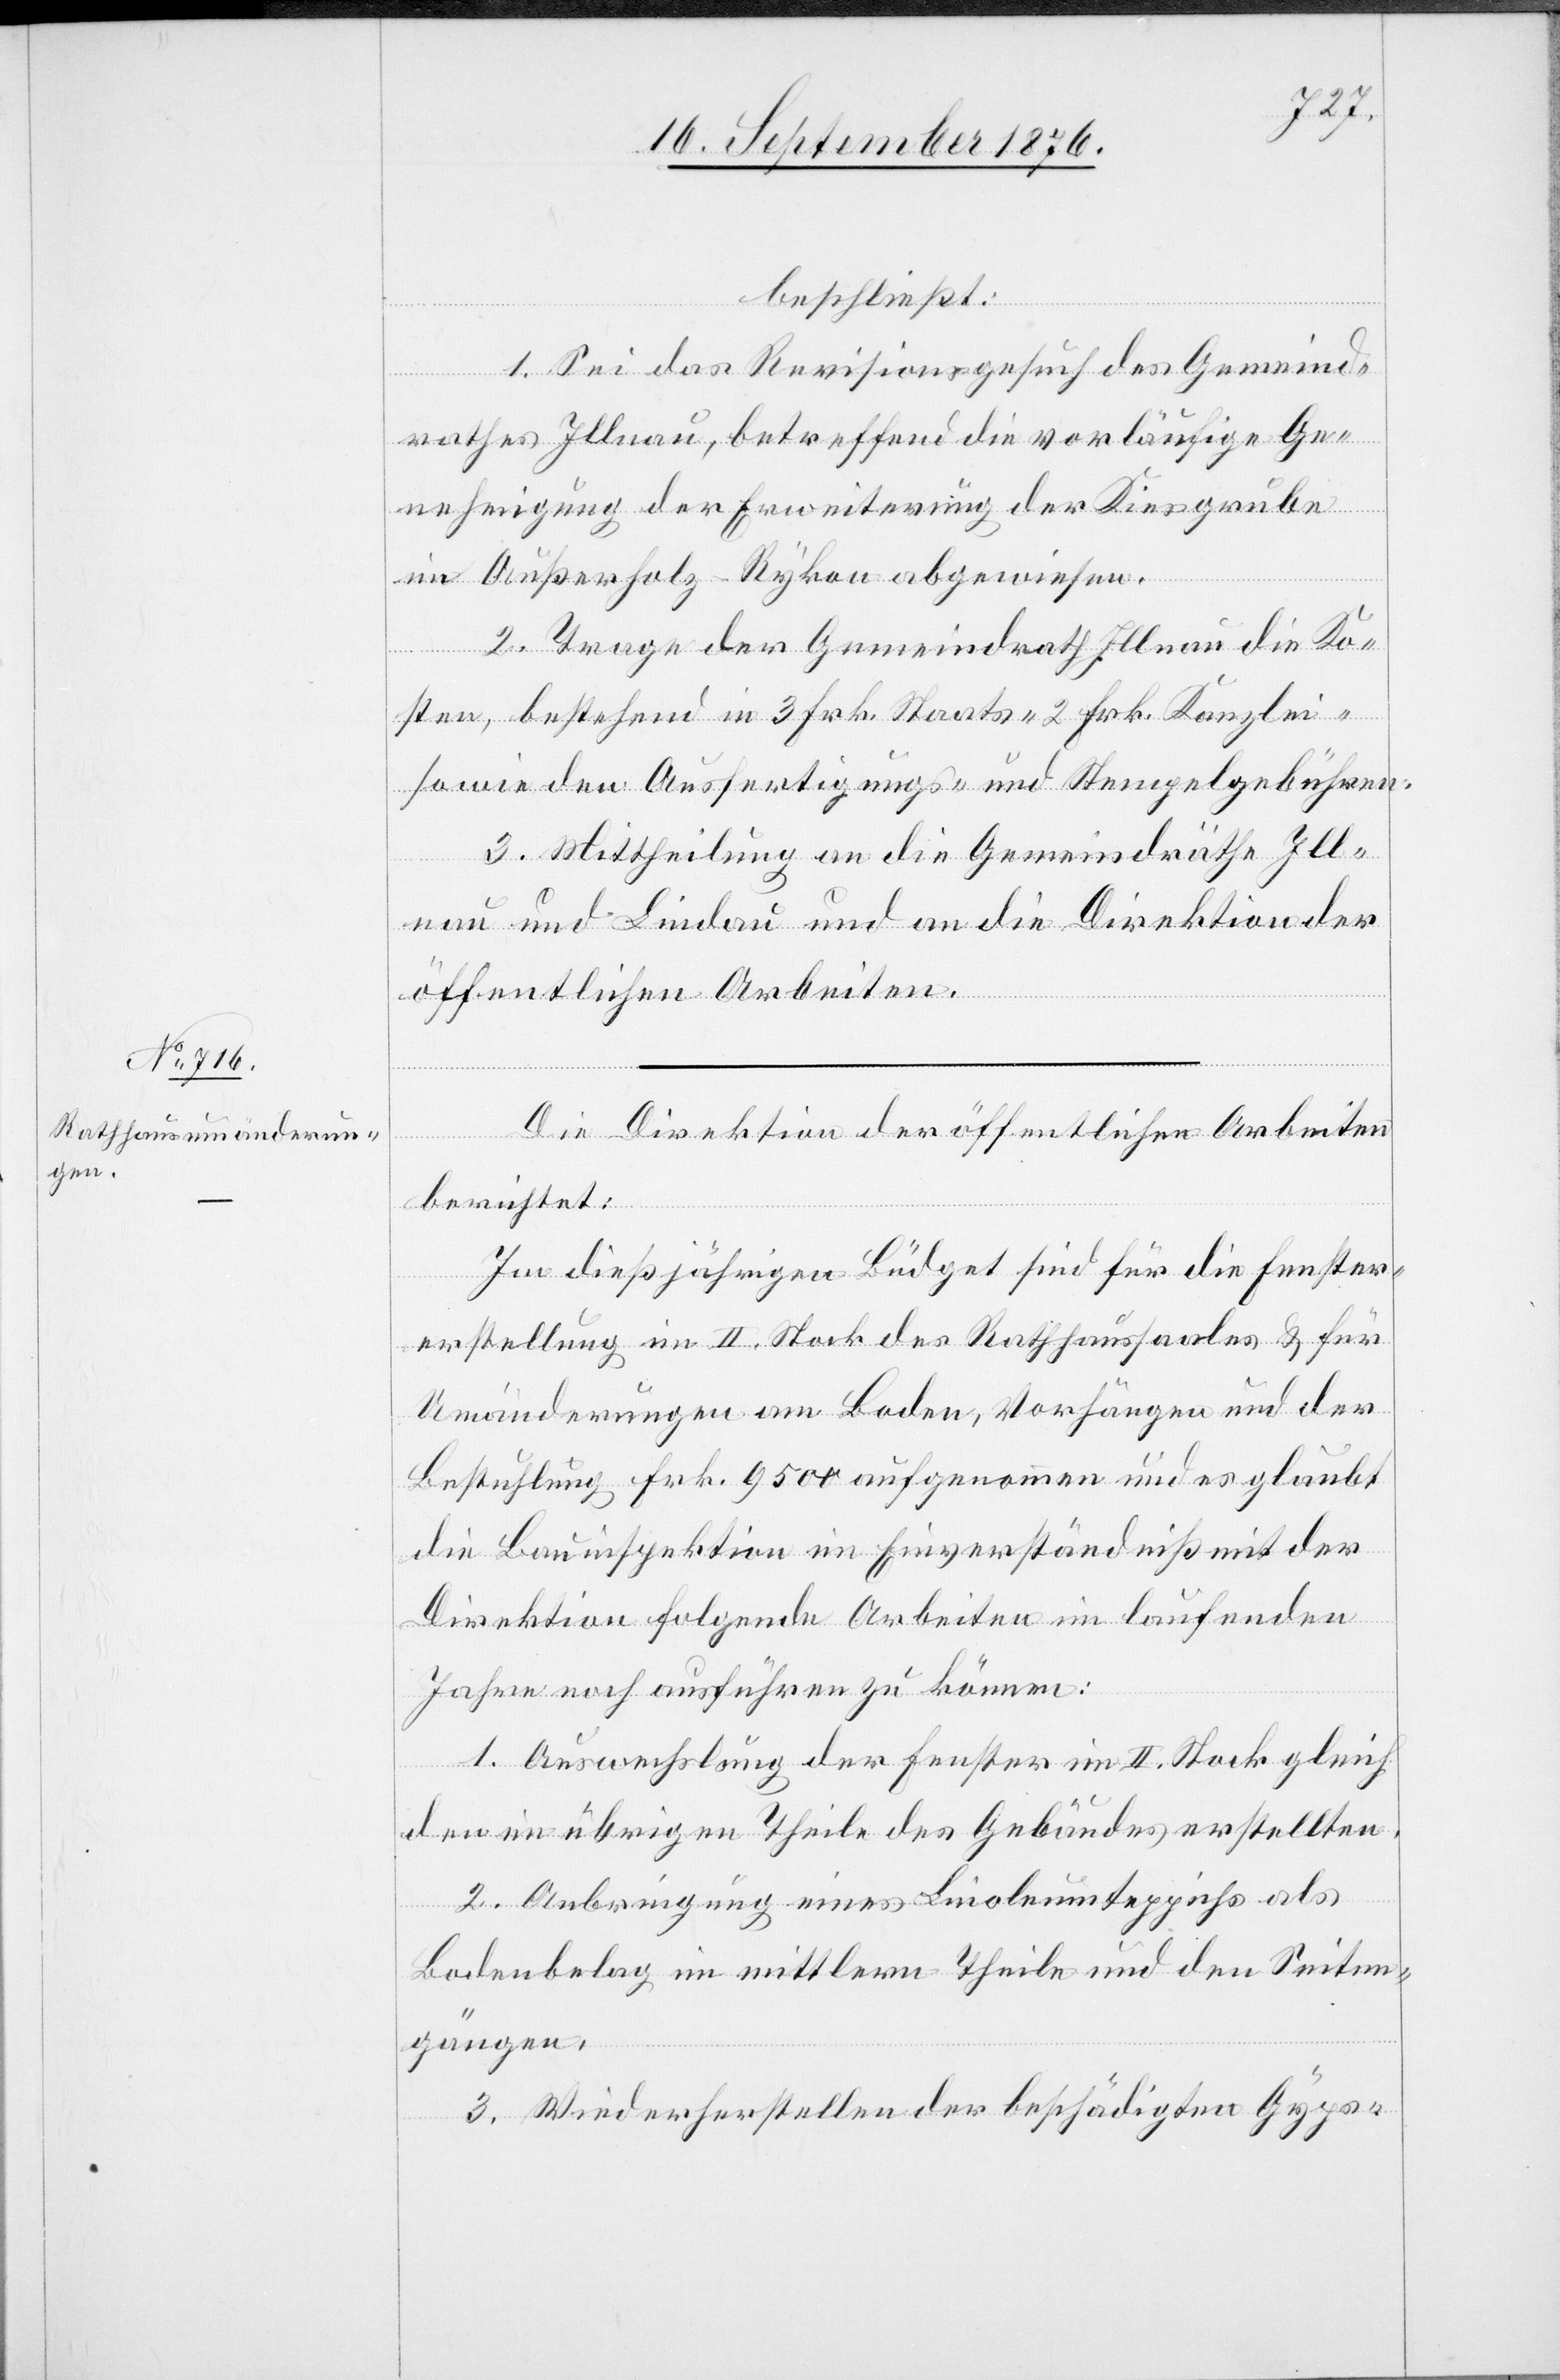
beschließt:
1. Sei das Revisionsgesuch des Gemeind¬
rathes Illnau, betreffend die vorläufige Ge¬
nehmigung der Erweiterung der Kiesgrube
im Außerholz - Rykon abgewiesen.
2. Trage der Gemeindrath Illnau die Ko¬
sten, bestehend in 3 Frk. Staats- 2 Frk. Kanzlei-
sowie den Ausfertigungs- und Stempelgebühren.
3. Mittheilung an die Gemeindräthe Ill¬
nau und Lindau und an die Direktion der
öffentlichen Arbeiten.
Die Direktion der öffentlichen Arbeiten
berichtet:
Im dießjährigen Büdget sind für die Fenster¬
erstellung im II. Stock des Rathhausdaches & für
Umänderungen am Boden, Vorhängen und der
Bestuhlung Frk. 9500 aufgenommen und es glaubt
die Bauinspektion im Einverständniß mit der
Direktion folgende Arbeiten im laufenden
Jahre noch ausführen zu können:
1. Auswechslung der Fenster im II. Stock gleich
den im übrigen Theile des Gebäudes erstellten.
2. Anbringung eines Linoleumteppichs als
Bodenbelag im mittlern Theile und den Seiten¬
gängen.
3. Wiederherstellen der beschädigten Gyps-